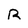
Character: R